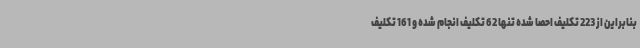
بنابراین از 223 تکلیف احصا شده تنها 62 تکلیف انجام شده و 161 تکلیف